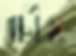
চৌহ